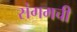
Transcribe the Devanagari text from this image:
संगमची